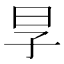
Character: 㫗